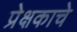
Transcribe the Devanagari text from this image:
प्रेक्षकाचे